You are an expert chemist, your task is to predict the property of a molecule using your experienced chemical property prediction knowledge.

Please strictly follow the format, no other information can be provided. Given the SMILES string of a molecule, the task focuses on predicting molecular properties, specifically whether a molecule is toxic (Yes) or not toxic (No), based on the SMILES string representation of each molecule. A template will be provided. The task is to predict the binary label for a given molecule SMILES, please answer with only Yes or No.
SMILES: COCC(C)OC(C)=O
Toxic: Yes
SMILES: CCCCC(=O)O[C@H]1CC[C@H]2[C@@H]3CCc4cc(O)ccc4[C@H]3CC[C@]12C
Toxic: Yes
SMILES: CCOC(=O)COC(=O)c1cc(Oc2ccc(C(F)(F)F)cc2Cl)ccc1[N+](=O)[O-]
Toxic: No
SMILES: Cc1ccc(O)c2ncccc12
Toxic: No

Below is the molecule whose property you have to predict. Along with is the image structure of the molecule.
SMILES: COC(=O)C1=C(C)NC(C)=C(C(=O)OCCN(C)Cc2ccccc2)C1c1cccc([N+](=O)[O-])c1
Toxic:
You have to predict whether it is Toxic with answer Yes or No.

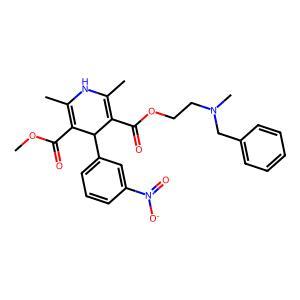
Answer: No